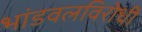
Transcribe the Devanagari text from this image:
भांडवलविरोधी